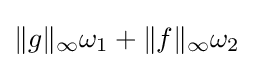
\|g\|_{\infty }\omega _{1}+\|f\|_{\infty }\omega _{2}